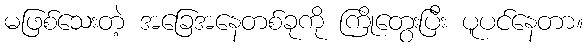
မဖြစ်သေးတဲ့ အခြေအနေတစ်ခုကို ကြိုတွေးပြီး ပူပင်နေတာ။